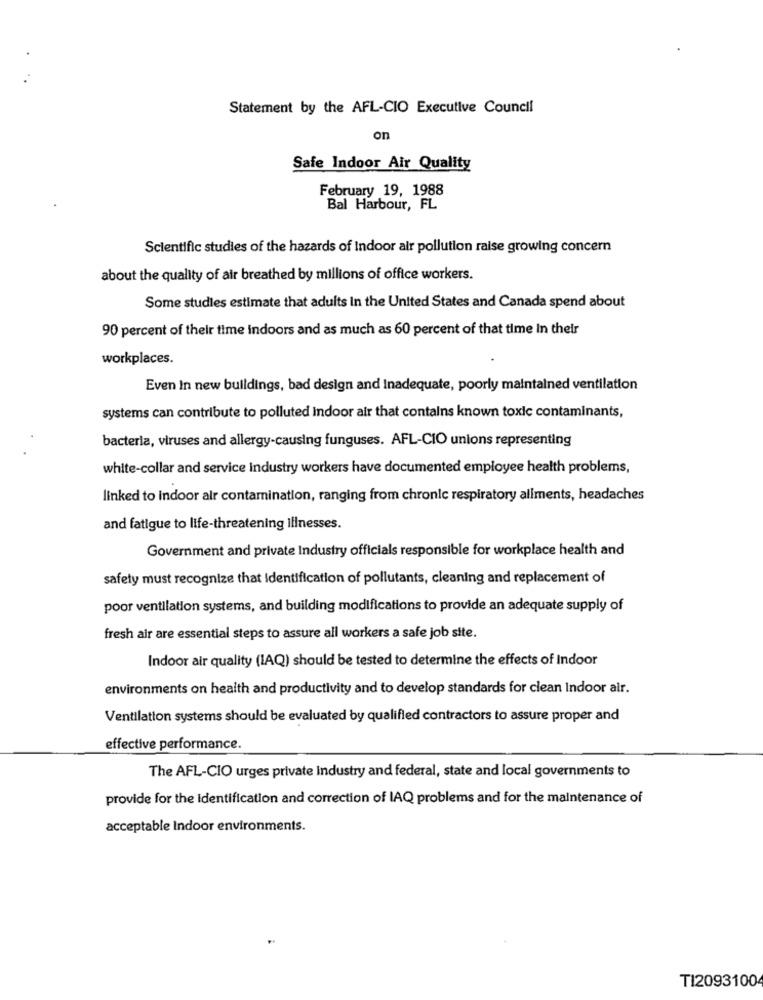
Statement by the AFL-CIO Executive Council
on
Safe Indoor Air Quality
February 19, 1988
Bal Harbour, FL
Scientific studies of the hazards of indoor air pollution raise growing concern
about the quality of air breathed by millions of office workers.
Some studies estimate that adults In the United States and Canada spend about
90 percent of their time indoors and as much as 60 percent of that time in their
workplaces.
Even In new buildings, bad design and Inadequate, poorly maintained ventilation
systems can contribute to polluted indoor air that contains known toxic contaminants,
bacteria, viruses and allergy-causing funguses. AFL-CIO unions representing
white-collar and service Industry workers have documented employee health problems,
linked to indoor air contamination, ranging from chronic respiratory allments, headaches
and fatigue to life-threatening illnesses.
Government and private Industry officials responsible for workplace health and
safety must recognize that Identification of pollutants, cleaning and replacement of
poor ventilation systems, and building modifications to provide an adequate supply of
fresh air are essential steps to assure all workers a safe job site.
Indoor air quality (IAQ) should be tested to determine the effects of Indoor
environments on health and productivity and to develop standards for clean Indoor air.
Ventilation systems should be evaluated by qualified contractors to assure proper and
effective performance.
The AFL-CIO urges private Industry and federal, state and local governments to
provide for the Identification and correction of IAQ problems and for the maintenance of
acceptable Indoor environments.
TI2093100